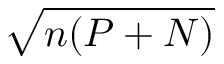
\sqrt { n ( P + N ) }